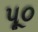
પૂ૦